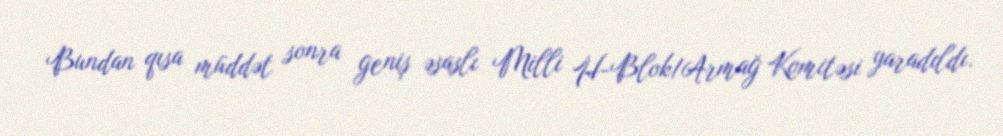
Bundan qısa müddət sonra geniş əsaslı Milli H-Blok/Armağ Komitəsi yaradıldı.